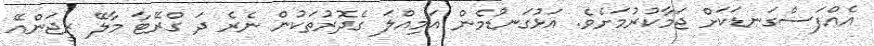
އެއްފަސްގަނޑަކަށް ޖަމާކުރުމަށެވެ. އަޅުގަނޑުމެން އަމިއްލަ ގެދޮރުތަކުން ނެރެ ދަ ގްރޭޓާ މާލޭ ރީޖަންއޭ